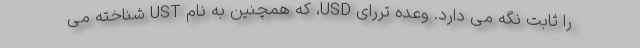
را ثابت نگه می دارد. وعده تررای USD، که همچنین به نام UST شناخته می